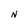
Character: N